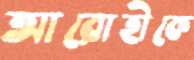
আরোহীকে